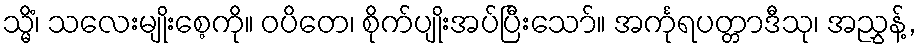
သ္မိံ၊ သလေးမျိုးစေ့ကို။ ဝပိတေ၊ စိုက်ပျိုးအပ်ပြီးသော်။ အင်္ကုရပတ္တာဒီသု၊ အညွှန့်,